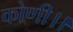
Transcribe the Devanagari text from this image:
कोणी।।